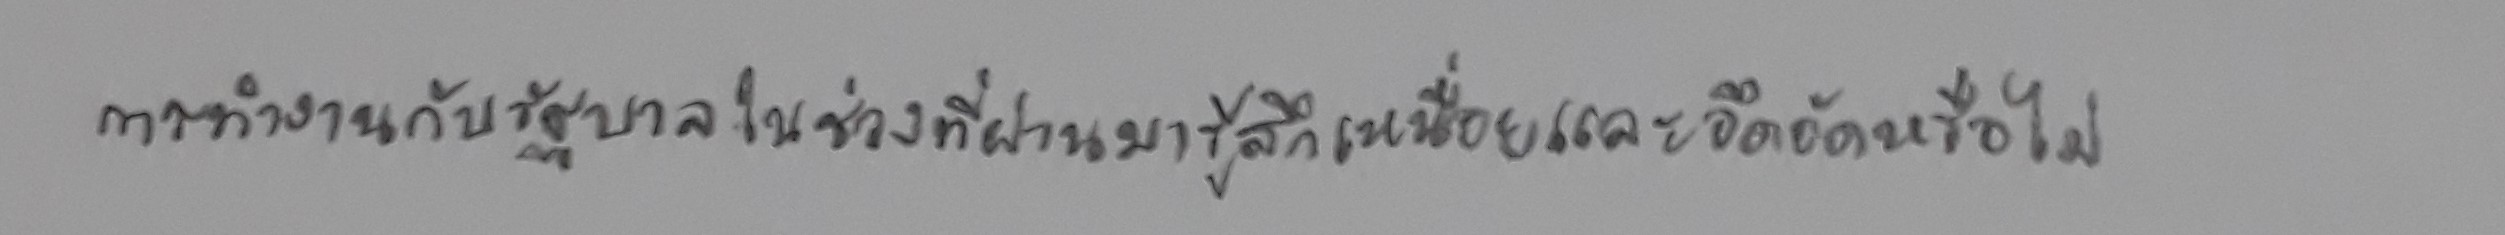
การทำงานกับรัฐบาลในช่วงที่ผ่านมารู้สึกเหนื่อยและอึดอัดหรือไม่